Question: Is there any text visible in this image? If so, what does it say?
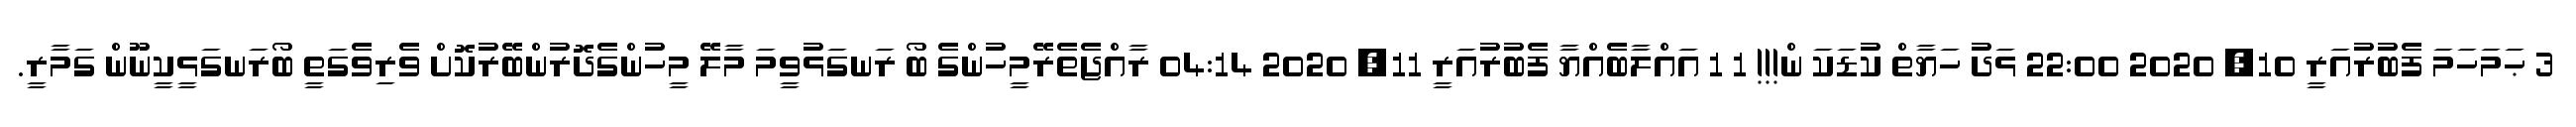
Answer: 3 ޙަމަހަމަ ފެބުރުއަރީ 10, 2020 22:00 ޅަދު ހަޔާތް ކުޑަކަ ން!!! 1 1 އައްލާބެއްޔާ ފެބުރުއަރީ 11, 2020 04:14 ރާއްޖެތެރޭމީހުންގެ ބޯ ރަނގަޅުވީމަ މާލޭ މީހުންގެދޮރުންބޭރުކޮށް ވެރިވެގަތީ ބޯރަނގަޅީކީނޫން ގަމާރީ.